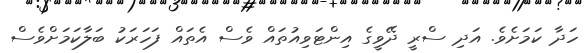
ހަދާ ކަމަށެވެ. އަދި ސްރީ ދޭވީގެ އިންޓަވިއުތައް ވެސް އެތައް ފަހަރަކު ބަލާކަމަށްވެސް